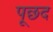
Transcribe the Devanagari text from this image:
पूछद